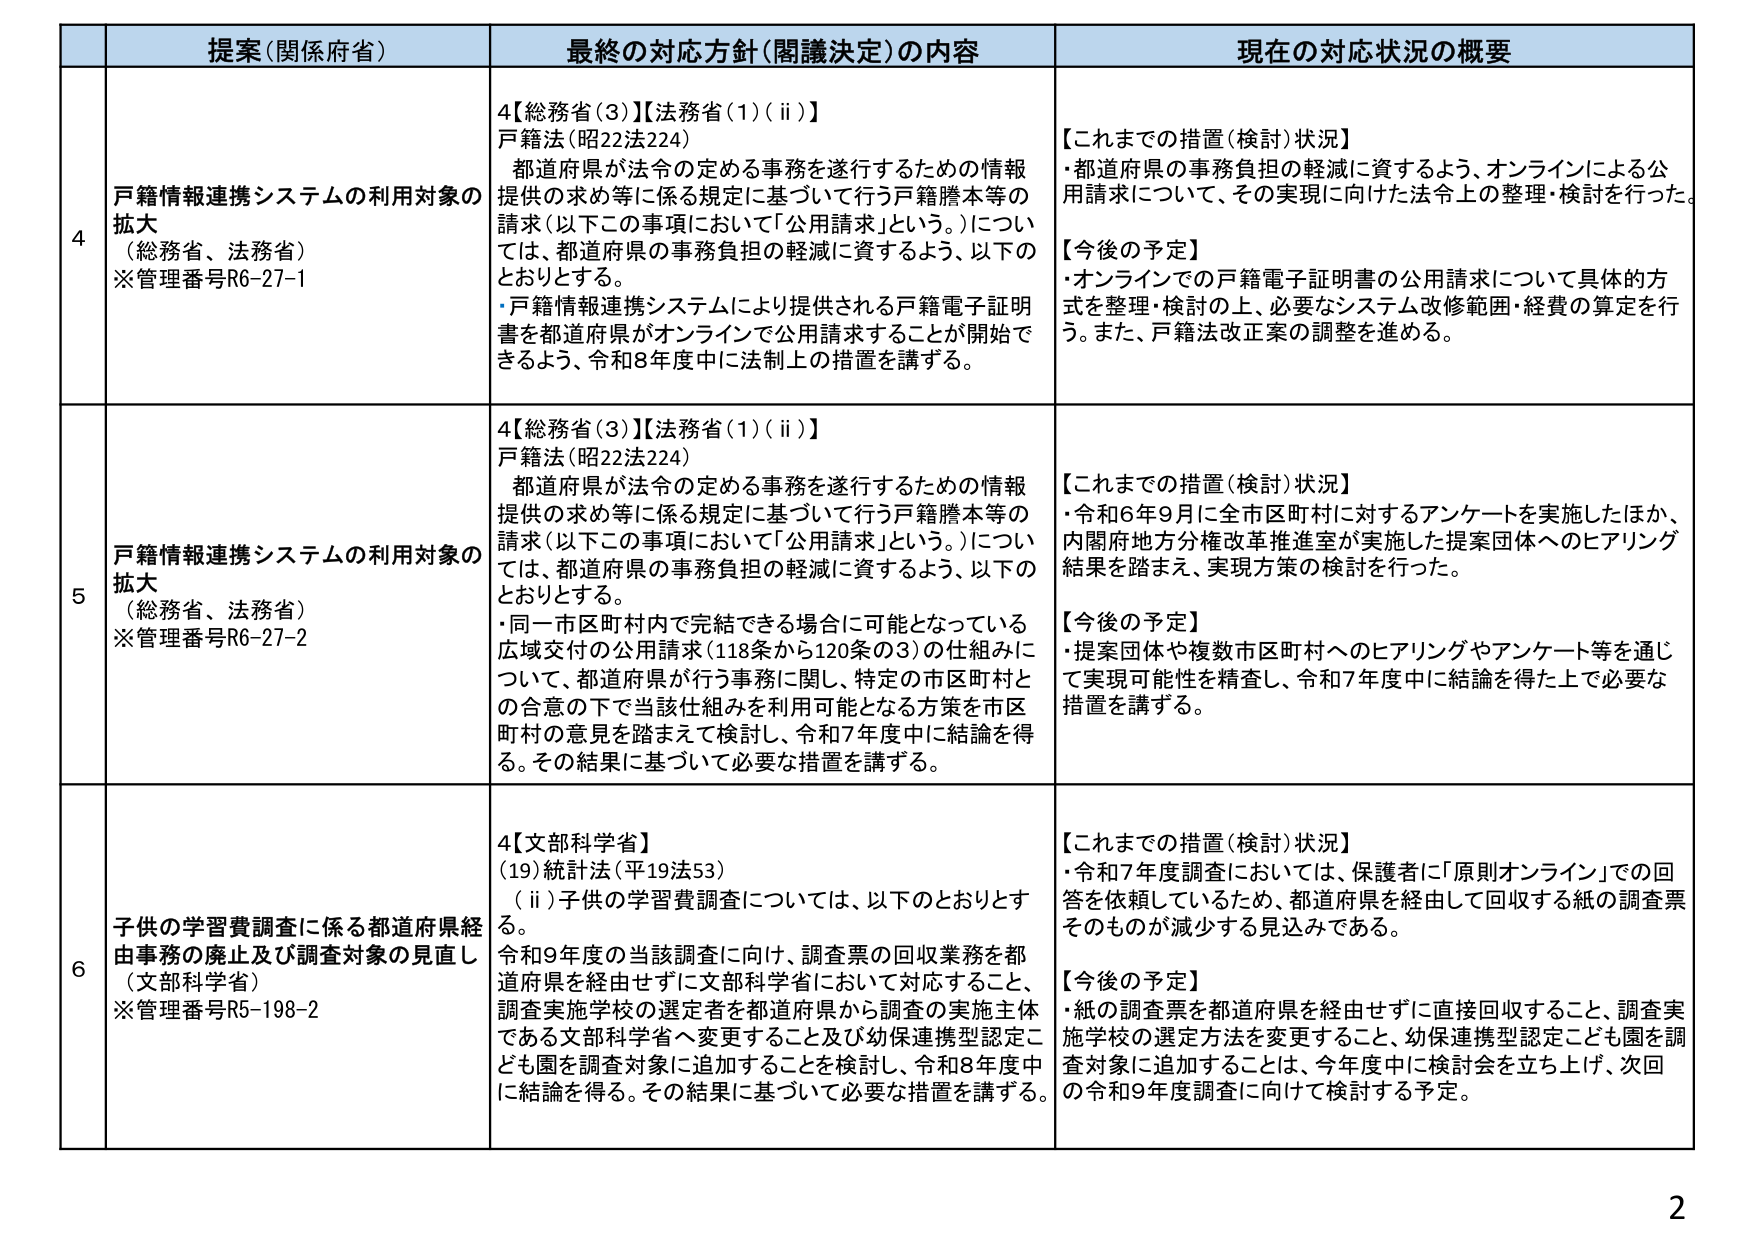
提案（関係府省） 最終の対応方針（閣議決定）の内容 現在の対応状況の概要
4 戸籍情報連携システムの利用対象の拡大 （総務省、法務省） ※管理番号R6-27-1 4【総務省（3）】【法務省（1）（ⅱ）】 戸籍法（昭22法224） 都道府県が法令の定める事務を遂行するための情報提供の求め等に係る規定に基づいて行う戸籍謄本等の請求（以下この事項において「公用請求」という。）については、都道府県の事務負担の軽減に資するよう、以下のとおりとする。 ・戸籍情報連携システムにより提供される戸籍電子証明書を都道府県がオンラインで公用請求することが開始できるよう、令和8年度中に法制上の措置を講ずる。 【これまでの措置（検討）状況】 ・都道府県の事務負担の軽減に資するよう、オンラインによる公用請求について、その実現に向けた法令上の整理・検討を行った。 【今後の予定】 ・オンラインでの戸籍電子証明書の公用請求について具体的方式を整理・検討の上、必要なシステム改修範囲・経費の算定を行う。また、戸籍法改正案の調整を進める。
5 戸籍情報連携システムの利用対象の拡大 （総務省、法務省） ※管理番号R6-27-2 4【総務省（3）】【法務省（1）（ⅱ）】 戸籍法（昭22法224） 都道府県が法令の定める事務を遂行するための情報提供の求め等に係る規定に基づいて行う戸籍謄本等の請求（以下この事項において「公用請求」という。）については、都道府県の事務負担の軽減に資するよう、以下のとおりとする。 ・同一市区町村内で完結できる場合に可能となっている広域交付の公用請求（118条から120条の3）の仕組みについて、都道府県が行う事務に関し、特定の市区町村との合意の下で当該仕組みを利用可能となる方策を市区町村の意見を踏まえて検討し、令和7年度中に結論を得る。その結果に基づいて必要な措置を講ずる。 【これまでの措置（検討）状況】 ・令和6年9月に全市区町村に対するアンケートを実施したほか、内閣府地方分権改革推進室が実施した提案団体へのヒアリング結果を踏まえ、実現方策の検討を行った。 【今後の予定】 ・提案団体や複数市区町村へのヒアリングやアンケート等を通じて実現可能性を精査し、令和7年度中に結論を得た上で必要な措置を講ずる。
6 子供の学習費調査に係る都道府県経由事務の廃止及び調査対象の見直し （文部科学省） ※管理番号R5-198-2 4【文部科学省】 （19）統計法（平19法53） （ⅱ）子供の学習費調査については、以下のとおりとする。 令和9年度の当該調査に向け、調査票の回収業務を都道府県を経由せずに文部科学省において対応すること、調査実施学校の選定者を都道府県から調査の実施主体である文部科学省へ変更すること及び幼保連携型認定こども園を調査対象に追加することを検討し、令和8年度中に結論を得る。その結果に基づいて必要な措置を講ずる。 【これまでの措置（検討）状況】 ・令和7年度調査においては、保護者に「原則オンライン」での回答を依頼しているため、都道府県を経由して回収する紙の調査票そのものが減少する見込みである。 【今後の予定】 ・紙の調査票を都道府県を経由せずに直接回収すること、調査実施学校の選定方法を変更すること、幼保連携型認定こども園を調査対象に追加することは、今年度中に検討会を立ち上げ、次回の令和9年度調査に向けて検討する予定。
2